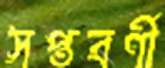
সপ্তবর্ণী